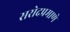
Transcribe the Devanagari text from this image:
सरोदप्रमाणे